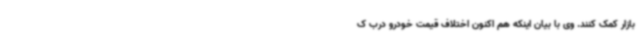
بازار کمک کنند. وی با بیان اینکه هم اکنون اختلاف قیمت خودرو درب ک